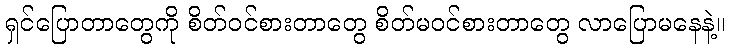
ရှင်ပြောတာတွေကို စိတ်ဝင်စားတာတွေ စိတ်မဝင်စားတာတွေ လာပြောမနေနဲ့။